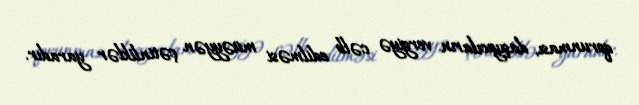
qorunması, daşıyıcıların vergiyə cəlb edilməsi müəyyən çətinliklər yaradır.